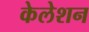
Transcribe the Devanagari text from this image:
केलेशन